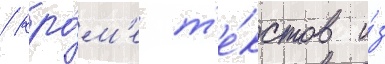
/ кро́м'е т'е́кстов и́з